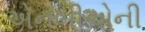
એનબીએની